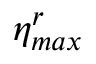
\eta _ { m a x } ^ { r }